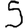
Digit: 5